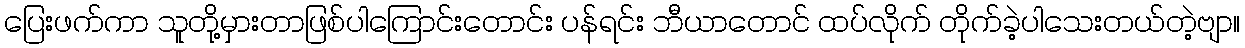
ပြေးဖက်ကာ သူတို့မှားတာဖြစ်ပါကြောင်းတောင်း ပန်ရင်း ဘီယာတောင် ထပ်လိုက် တိုက်ခဲ့ပါသေးတယ်တဲ့ဗျာ။